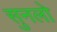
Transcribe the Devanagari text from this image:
सुनलो